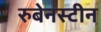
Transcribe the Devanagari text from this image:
रुबेनस्टीन